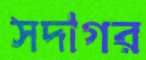
সদাগর